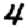
Digit: 4